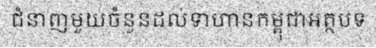
ជំនាញមួយចំនួនដល់ទាហានកម្ពុជាអត្ថបទ